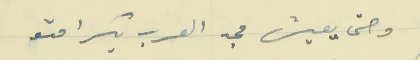
وحتى يعيش مجد العرب بكرامتو